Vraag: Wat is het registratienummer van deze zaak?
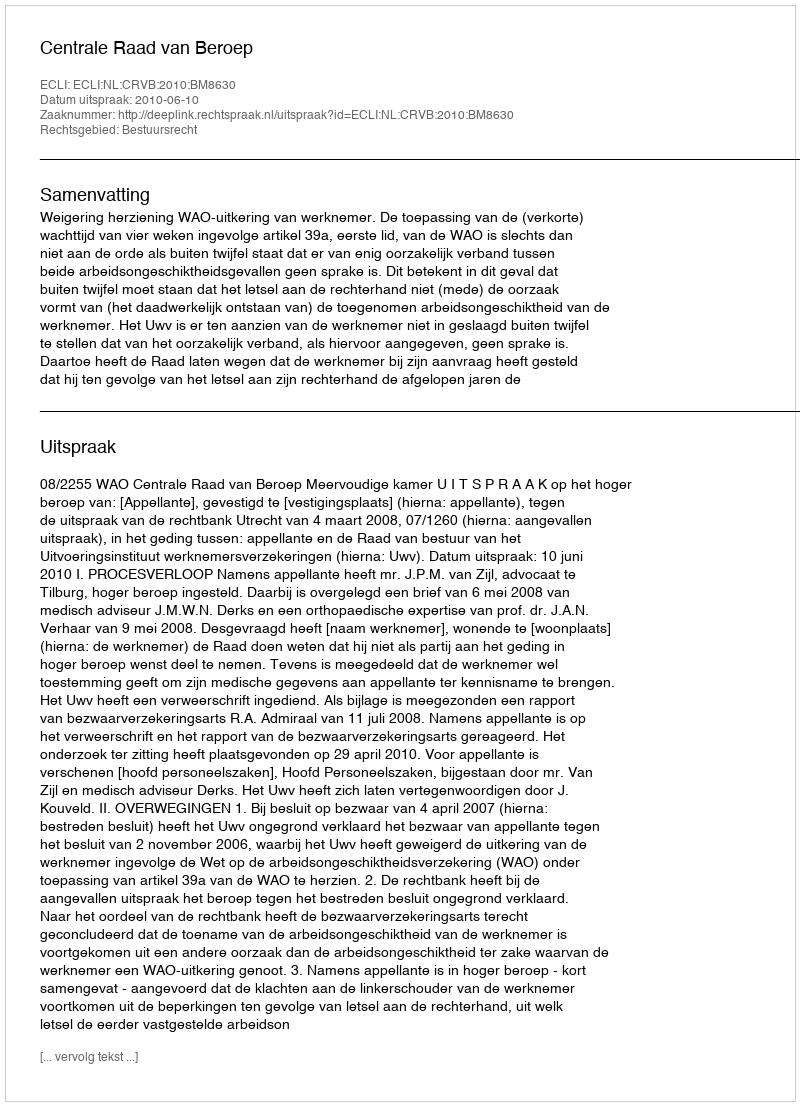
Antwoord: http://deeplink.rechtspraak.nl/uitspraak?id=ECLI:NL:CRVB:2010:BM8630